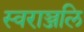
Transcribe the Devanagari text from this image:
स्वराञ्जलि